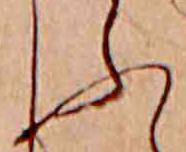
ふ